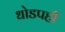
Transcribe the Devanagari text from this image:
धोडपही